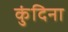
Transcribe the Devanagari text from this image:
कुंदिना